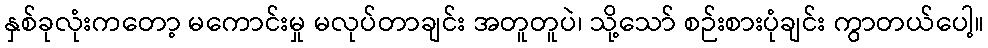
နှစ်ခုလုံးကတော့ မကောင်းမှု မလုပ်တာချင်း အတူတူပဲ၊ သို့သော် စဉ်းစားပုံချင်း ကွာတယ်ပေါ့။